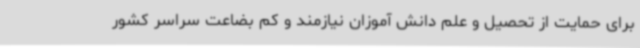
برای حمایت از تحصیل و علم دانش آموزان نیازمند و کم بضاعت سراسر کشور